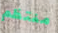
منتظم